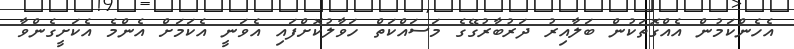
އެހެންކަމުން އެއްގޮތަކުން ބަލާއިރު ދަރުބާރުގޭގެ މަސައްކަތް ހަވާލުކޮށްފައި އެވަނީ އެކަމަށް އެންމެ އެކަށީގެންވާ